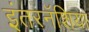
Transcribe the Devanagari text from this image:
इंतरनॅशिया